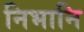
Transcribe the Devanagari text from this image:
निभानि